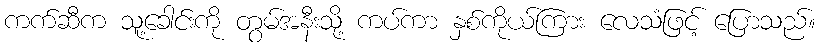
ကက်ဆီက သူ့ခေါင်းကို တွမ်အနီးသို့ ကပ်ကာ နှစ်ကိုယ်ကြား လေသံဖြင့် ပြောသည်။